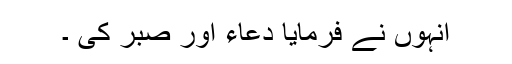
انہوں نے فرمایا دعاء اور صبر کی ۔